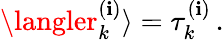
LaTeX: \langler_{k}^{(\mathbf{i})}\rangle=\tau_{k}^{(\mathbf{i})}\, .